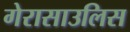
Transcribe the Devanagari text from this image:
गेरासाउलिस